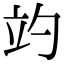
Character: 𥩘